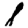
Digit: 8